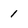
Character: 1